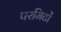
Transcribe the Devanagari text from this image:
परमिटों